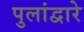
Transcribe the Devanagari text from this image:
पुलांद्वारे